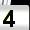
Digit: 4